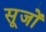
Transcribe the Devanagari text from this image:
सूजों